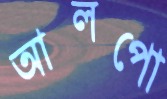
আলপো